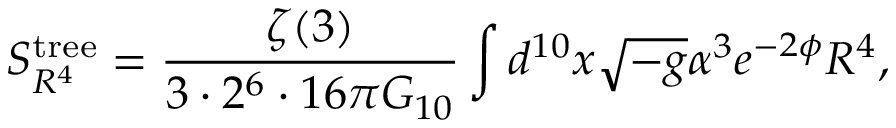
S _ { R ^ { 4 } } ^ { \mathrm { t r e e } } = \frac { \zeta ( 3 ) } { 3 \cdot 2 ^ { 6 } \cdot 1 6 \pi G _ { 1 0 } } \int d ^ { 1 0 } x \sqrt { - g } \alpha ^ { 3 } e ^ { - 2 \phi } R ^ { 4 } ,